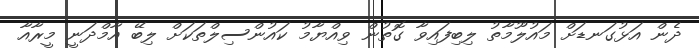
ދެން އަޅުގަނޑަށް މައުލޫމާތު ލިބިފައިވާ ގޮތުން ވިއްޔާމު ކައުންސިލްތަކަށް ލިބޭ އާމްދަނީ މީރާއާ